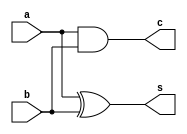
/* mdulo HalfAdder */

`ifndef _HalfAdder_
`define _HalfAdder_

module HalfAdder(s, c, a, b);
    input a, b;
    output s, c;

    xor xor0(s, a, b);
    and and0(c, a, b);

    // Descrio de conexes internas do mdulo

endmodule

`endif